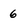
Character: 6